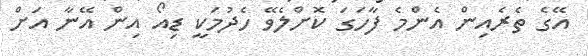
އޭގެ ތެރެއިން އެންމެ ފާހަގަ ކޮށްލެވޭ ހެދުމަކީ ޑިއޯ އިން އޭނާ އަށް